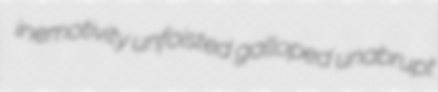
inemotivity unfoisted galloped unabrupt